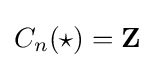
C_{n}(\star )=\mathbf {Z}